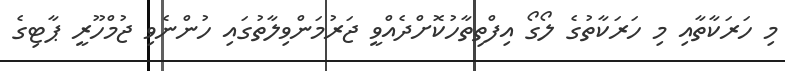
މި ހަރަކާތާއި މި ހަރަކާތުގެ ލޯގޯ އިފްތިތާހުކޮށްދެއްވީ ޖަރުމަންވިލާތުގައި ހުންނެވި ޖުމްހޫރީ ޕާޓިގެ